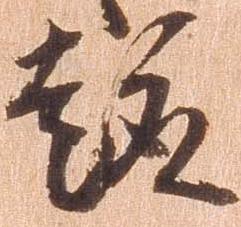
趣